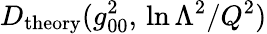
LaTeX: D_{\mathrm{theory}}(g_{00}^{2},\, \ln\Lambda^{2}/Q^{2})